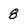
Character: 8